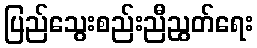
ပြည်သွေးစည်းညီညွတ်ရေး